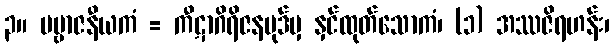
၃။ ပဗ္ဗာဇနီယကံ = ကီဋာဂိရိဇနပုဒ်မှ နှင်ထုတ်သောကံ၊ (၁) အဿဇိရဟန်း၊